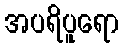
အပရိပူရော